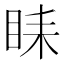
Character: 𥅦